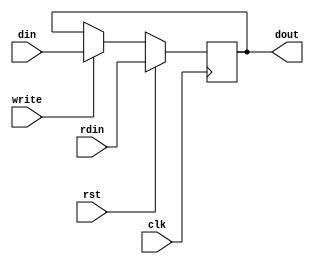
module conf_reg (
  clk, rst, rdin,
  write, din, 
  dout
);

parameter BITDATA = 8;

input                clk;
input                rst;
input  [BITDATA-1:0] rdin;
input                write;
input  [BITDATA-1:0] din;
output [BITDATA-1:0] dout;

reg [BITDATA-1:0] mem;

always @(posedge clk) begin : mem_f
  if (rst)
    mem <= rdin;
  else if (write)
    mem <= din;
end

assign dout = mem;

endmodule